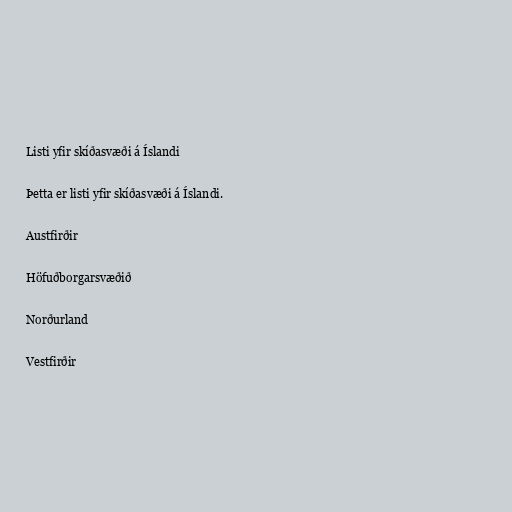
Listi yfir skíðasvæði á Íslandi

Þetta er listi yfir skíðasvæði á Íslandi.

Austfirðir

Höfuðborgarsvæðið

Norðurland

Vestfirðir